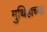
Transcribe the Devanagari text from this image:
मुथिहाच्या